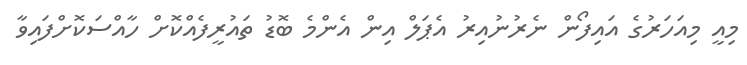
މިއީ މިއަހަރުގެ އައިފޯން ނެރުނުއިރު އެޕަލް އިން އެންމެ ބޮޑު ތައުރީފެއްކޮށް ހާއްސަކޮށްފައިވާ